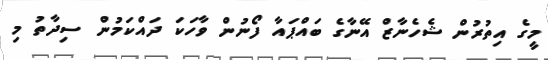
މީގެ އިތުރުން ޝެހެނާޒް އޭނާގެ ބައްޕައާ ފޯނުން ވާހަކަ ދައްކަމުން ސިދާތު މި